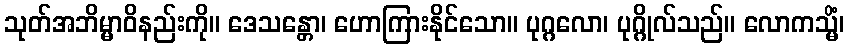
သုတ်အဘိမ္မာဝိနည်းကို။ ဒေသန္တော၊ ဟောကြားနိုင်သော။ ပုဂ္ဂလော၊ ပုဂ္ဂိုလ်သည်။ လောကသ္မိံ၊